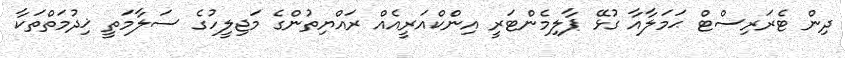
ދިން ޓެރަރިސްޓް ޙަމަލާއާ ގުޅޭ ޕާލިމެންޓަރީ އިންކްއަރީއެއް ރައްޔިތުންގެ މަޖިލީހުގެ ސަލާމަތީ ޚިދުމަތްތަކާ